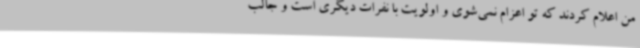
من اعلام کردند که تو اعزام نمی‌شوی و اولویت با نفرات دیگری است و جالب